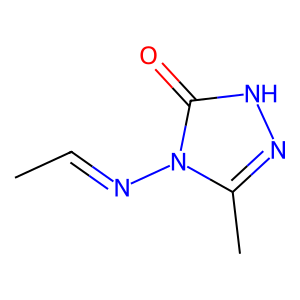
SMILES: CC=Nn1c(C)n[nH]c1=O
Inhibits HIV replication: No